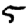
Digit: 5